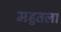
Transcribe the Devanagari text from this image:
महुतला